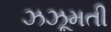
ઝઝૂમતી